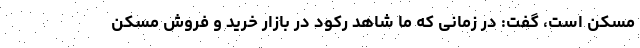
مسکن است، گفت: در زمانی که ما شاهد رکود در بازار خرید و فروش مسکن